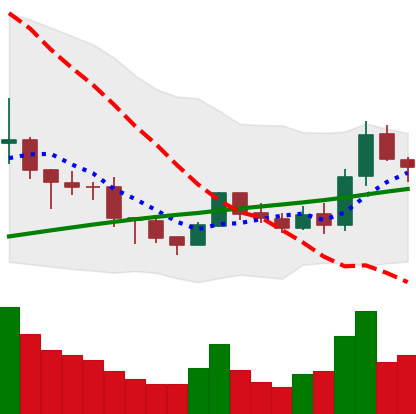
Ticker: BNB-USD
Chart end date: 2019-08-10
Forward return: -5.52%
Label: down_5_7